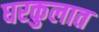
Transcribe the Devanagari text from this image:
घरकुलात